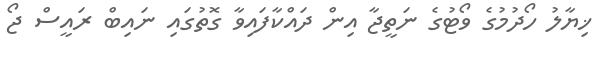
ޚިޔާލު ހޯދުމުގެ ވޯޓުގެ ނަތީޖާ އިން ދައްކާފައިވާ ގޮތުގައި ނައިބް ރައީސް ޖޯ